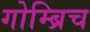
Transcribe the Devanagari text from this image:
गोम्ब्रिच